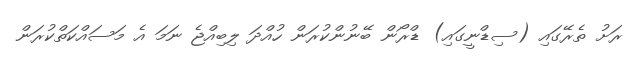
ރަށު ތެރޭގައި (ސިޑްނީގައި) ޑްރޯން ބޭނުންކުރަން ހުއްދަ ލިބިއްޖެ ނަމަ އެ މަސައްކަތްކުރަން